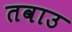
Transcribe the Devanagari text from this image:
तवाउ